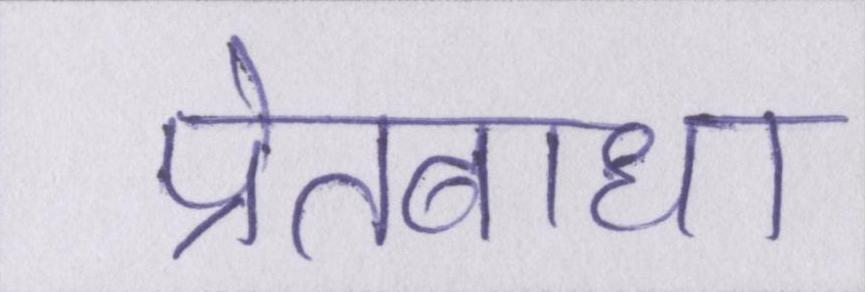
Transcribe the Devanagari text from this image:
प्रेतबाधा